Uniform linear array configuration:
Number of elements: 64
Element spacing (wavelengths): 0.5
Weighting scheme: uniform
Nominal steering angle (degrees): -30
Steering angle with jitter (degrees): -30.981
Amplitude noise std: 0.05
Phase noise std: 0.05

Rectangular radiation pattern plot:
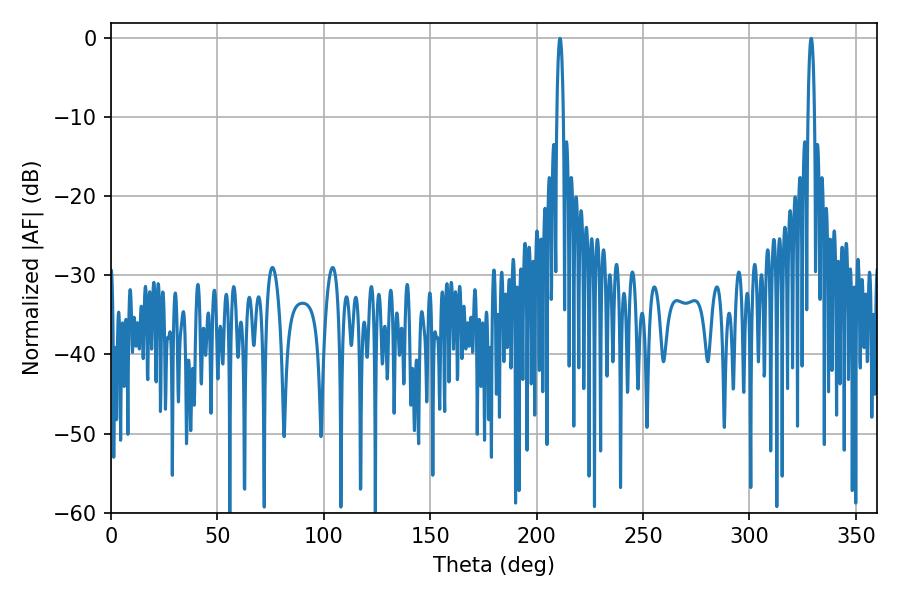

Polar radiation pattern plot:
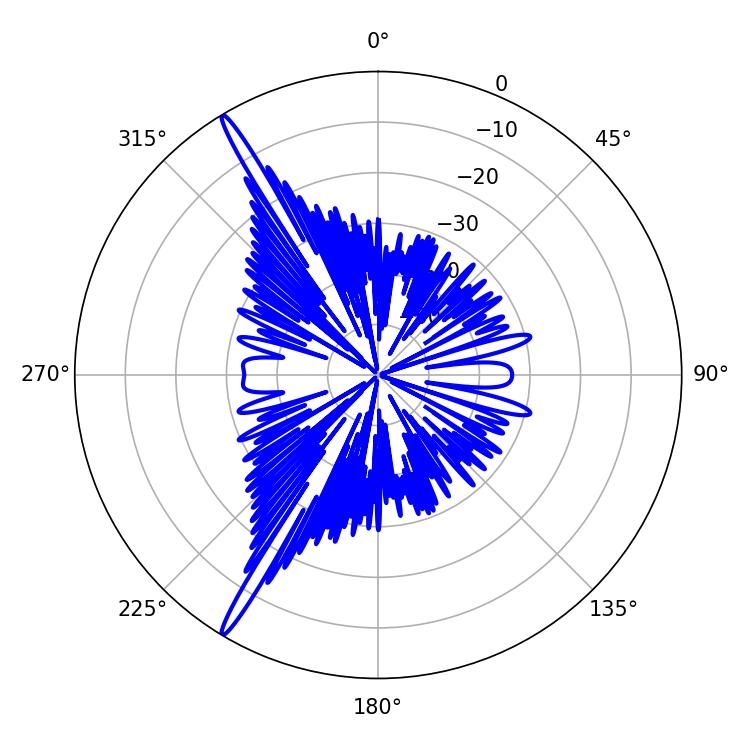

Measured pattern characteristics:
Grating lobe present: FALSE
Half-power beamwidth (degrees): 1.62
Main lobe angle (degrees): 210.96